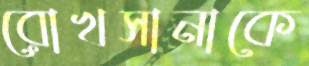
রোখসানাকে